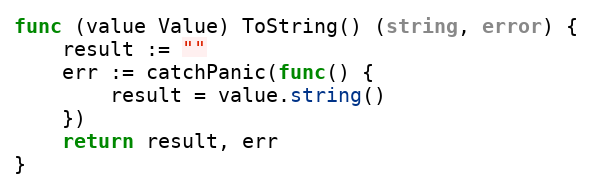
Language: Go
func (value Value) ToString() (string, error) {
	result := ""
	err := catchPanic(func() {
		result = value.string()
	})
	return result, err
}